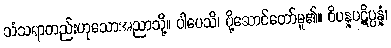
သံသရာတည်းဟုသောအညာသို့။ ပါပေသိ၊ ပို့ဆောင်တော်မူ၏။ ဝိပန္နပဋိပ္ပန္နံ၊